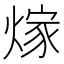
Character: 𮳵